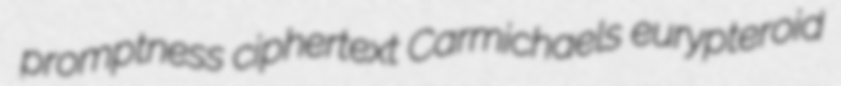
promptness ciphertext Carmichaels eurypteroid